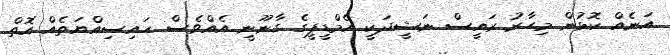
އަނެއް ކޮޅުން މިހާރު ރައީސް ނަޝީދަކީ އެމްޑީޕީގެ ގާނޫނީ އެއްވެސް ހައިސިއްޔަތެއް އޮތް